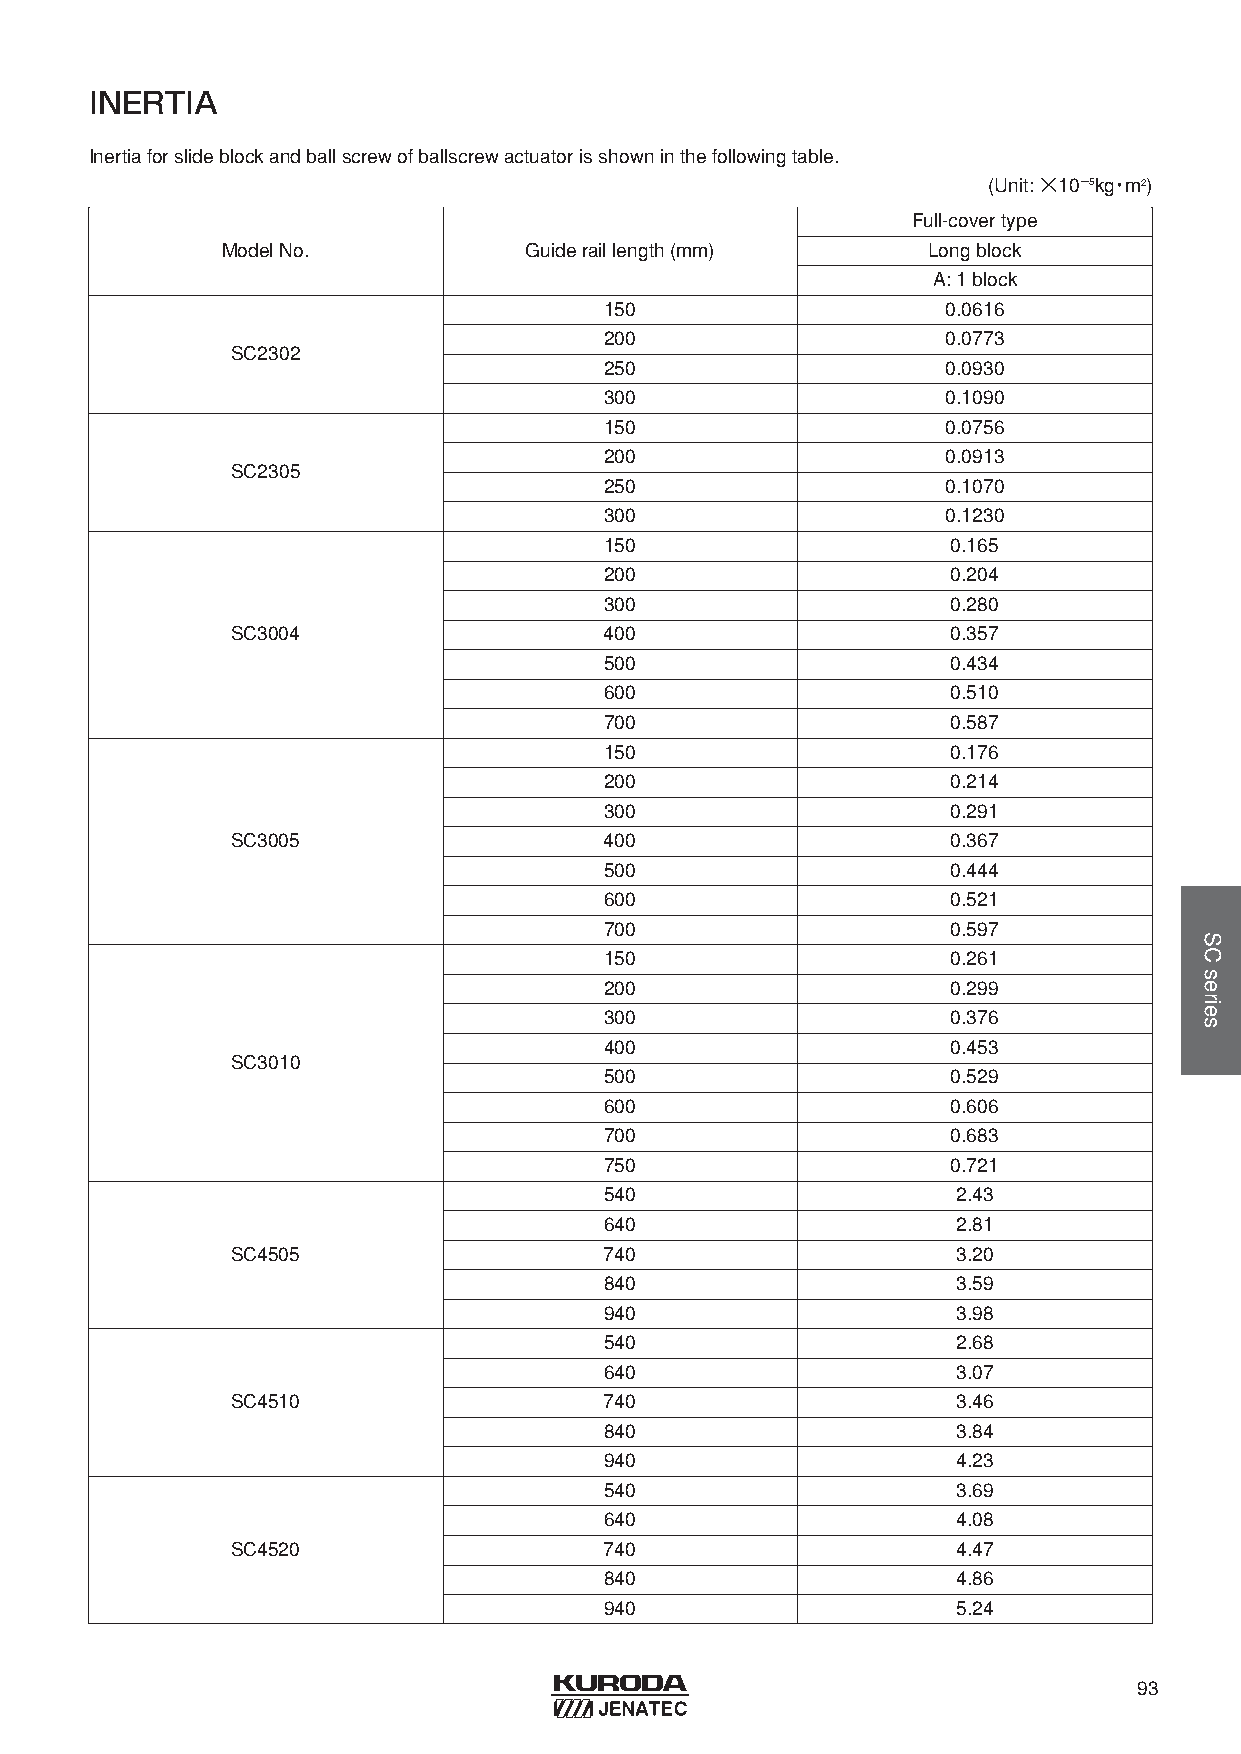
INERTIA
 Inertiaforslideblockandballscrewofballscrewactuatorisshowninthefollowingtable.
 (Unit: ×10−5kg・m2)
 Full-covertype
 ModelNo.            Guideraillength(mm)       Longblock
 A: 1 block
 150                    0.0616
 200                    0.0773
 SC2302
 250                    0.0930
 300                    0.1090
 150                    0.0756
 200                    0.0913
 SC2305
 250                    0.1070
 300                    0.1230
 150                    0.165
 200                    0.204
 300                    0.280
 SC3004                   400                    0.357
 500                    0.434
 600                    0.510
 700                    0.587
 150                    0.176
 200                    0.214
 300                    0.291
 SC3005                   400                    0.367
 500                    0.444
 600                    0.521
 700                    0.597
 150                    0.261
 200                    0.299
 300                    0.376
 400                    0.453
 SC3010
 500                    0.529
 600                    0.606
 700                    0.683
 750                    0.721
 540                    2.43
 640                    2.81
 SC4505                   740                    3.20
 840                    3.59
 940                    3.98
 540                    2.68
 640                    3.07
 SC4510                   740                    3.46
 840                    3.84
 940                    4.23
 540                    3.69
 640                    4.08
 SC4520                   740                    4.47
 840                    4.86
 940                    5.24
 93
 SCseries